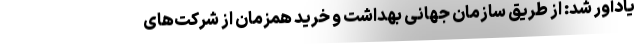
‌یادآور شد: از طریق سازمان جهانی بهداشت و خرید همزمان از شرکت‌های